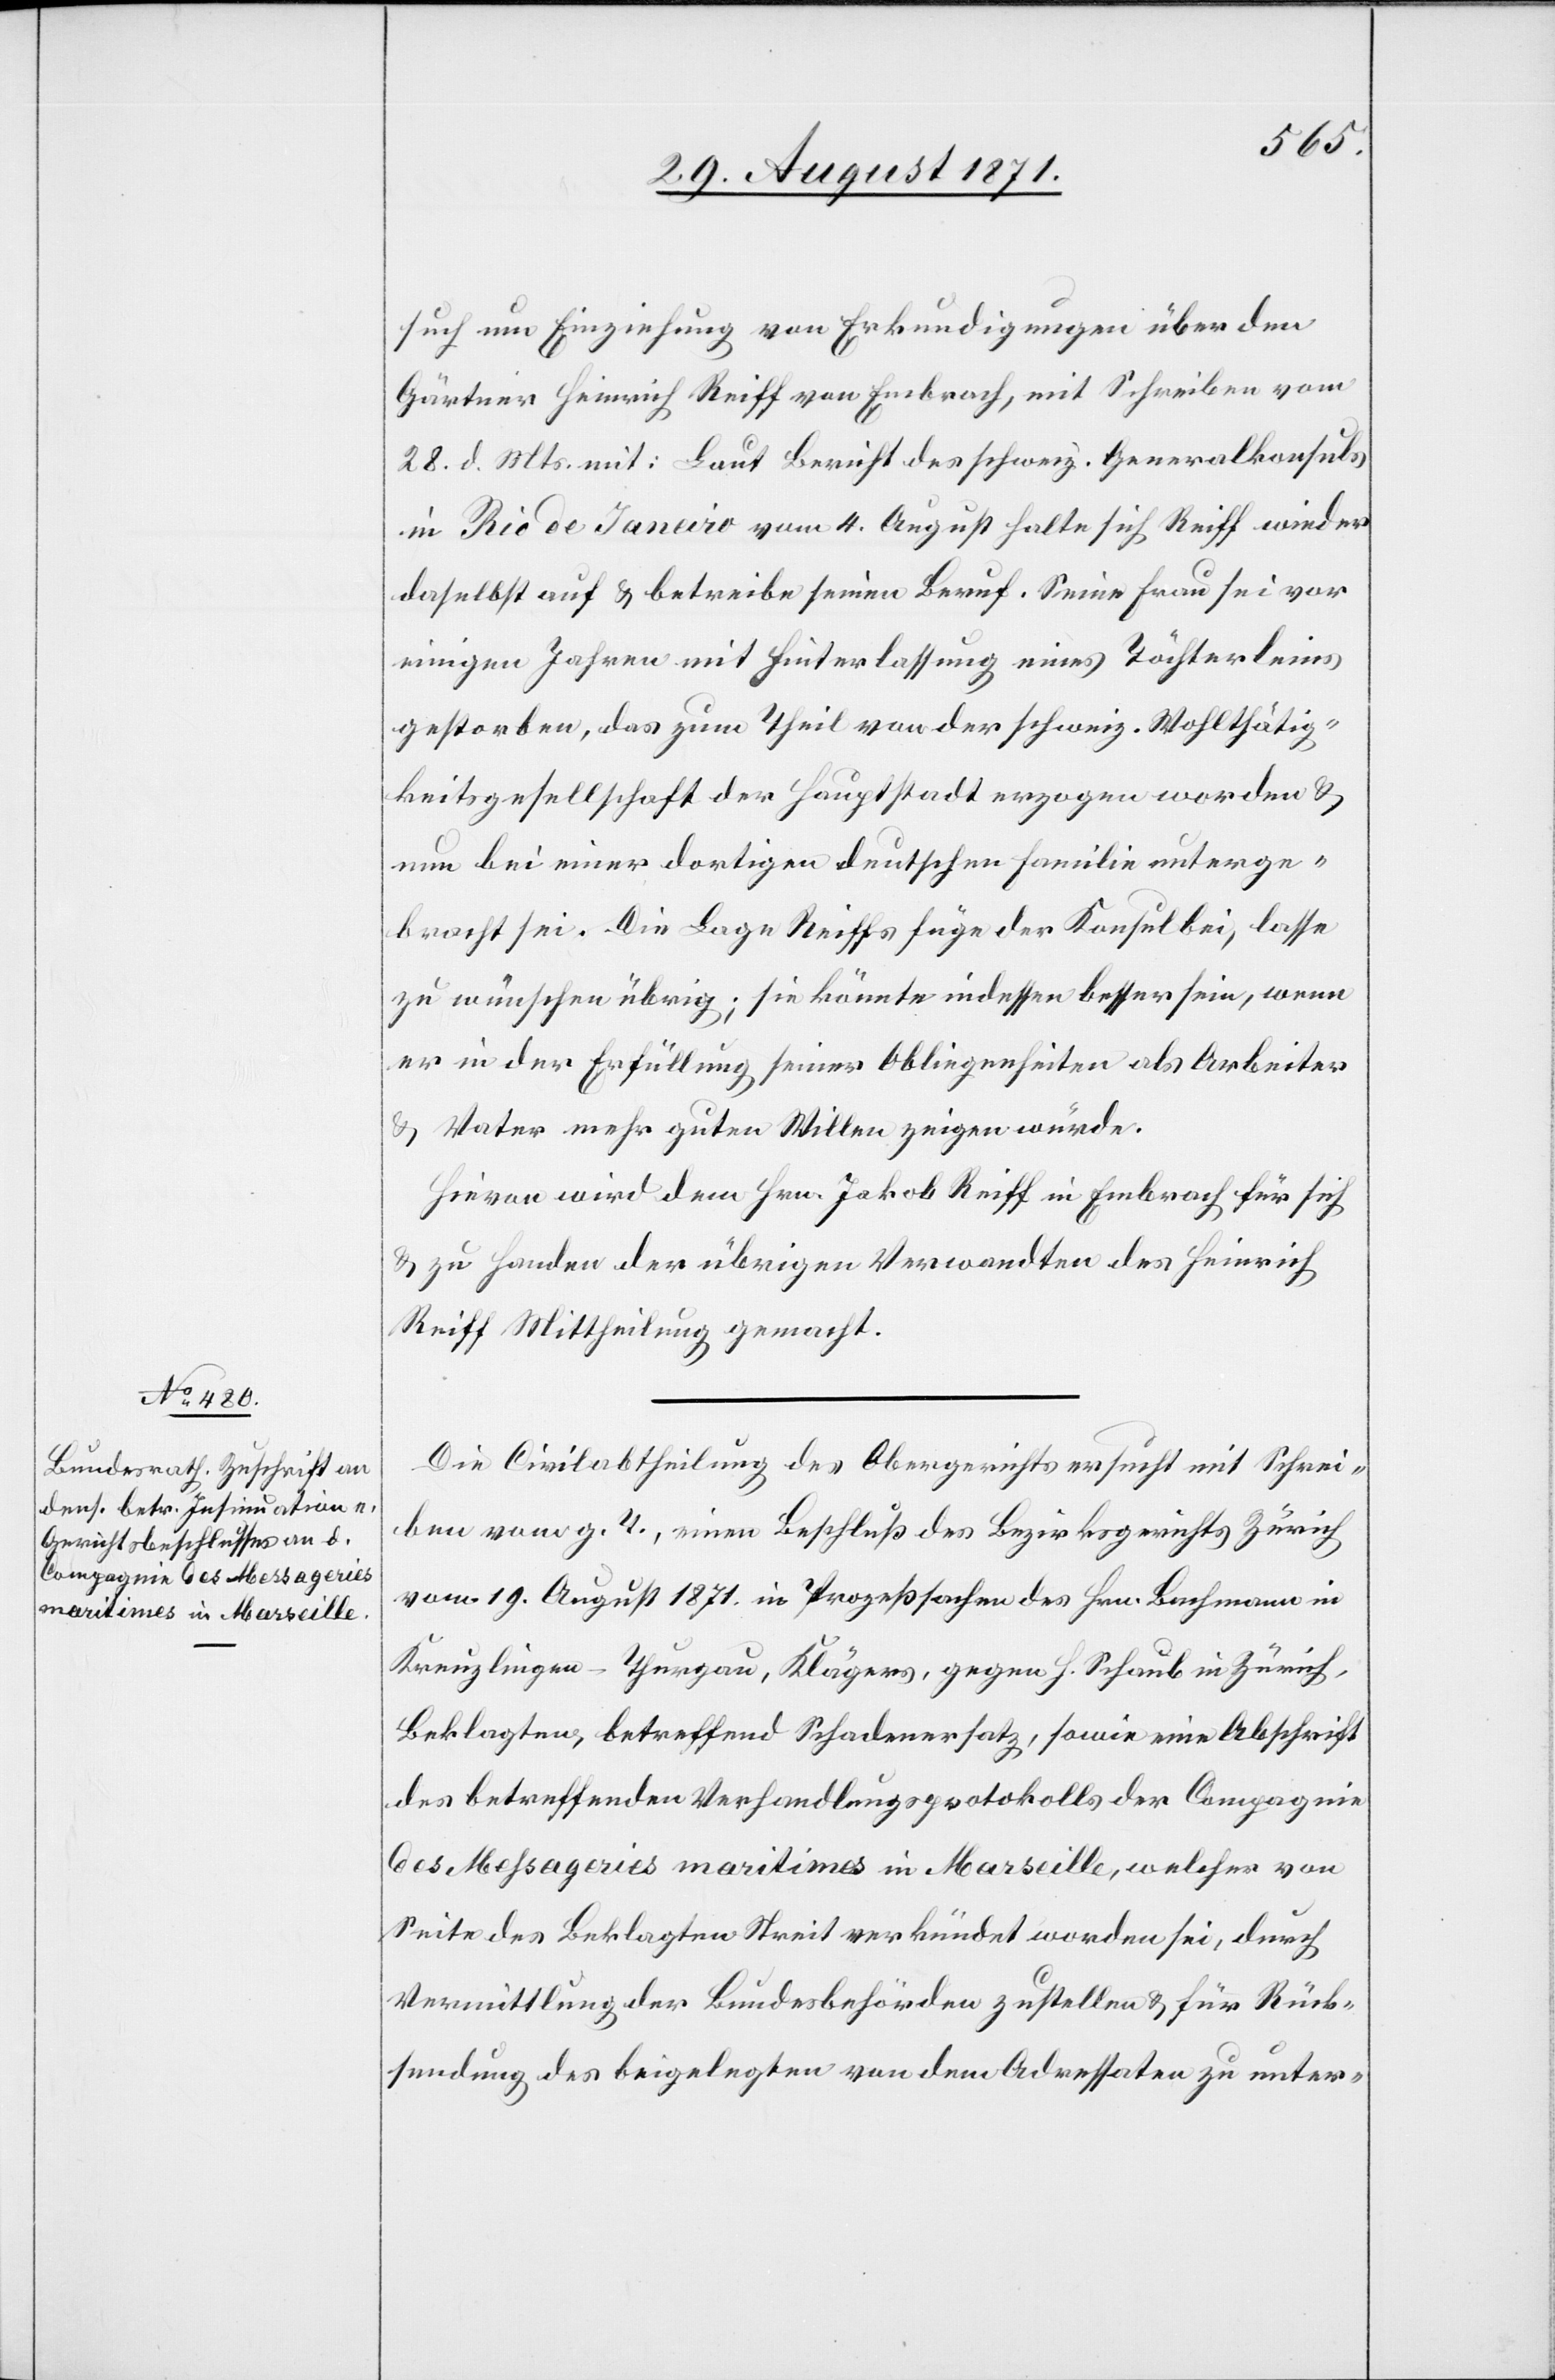
31. August 1871.]
such um Einziehung von Erkundigungen über den
Gärtner Heinrich Reiff von Embrach, mit Schreiben vom
28. d. Mts. mit: Laut Bericht des schweiz. Generalkonsuls
in Rio de Janeiro vom 4. August halte sich Reiff wieder
daselbst auf & betreibe seinen Beruf. Seine Frau sei vor
einigen Jahren mit Hinterlassung eines Töchterleins
gestorben, das zum Theil von der schweiz. Wohltätig¬
keitsgesellschaft der Hauptstadt erzogen worden &
nun bei einer dortigen deutschen Familie unterge¬
bracht sei. Die Lage Reiffs füge der Konsul bei, lasse
zu wünschen übrig; sie könnte indessen besser sein, wenn
er in der Erfüllung seiner Obliegenheiten als Arbeiter
& Vater mehr guten Willen zeigen würde.
Hirvon wird dem Hrn. Jakob Reiff in Embrach für sich
& zu Handen der übrigen Verwandten des Heinrich
Reiff Mittheilung gemacht.
Die Civilabtheilung des Obergerichts ersucht mit Schrei¬
ben vom g. T., einen Beschluß des Bezirksgerichts Zürich
vom 19. August 1871 in Prozeßsachen des Hrn. Buchmann in
Kreuzlingen-Thurgau, Kläger, gegen H. Schaub in Zürich,
Beklagter, betreffend Schadenersatz, sowie eine Abschrift
des betreffenden Verhandlungsprotokolls der Compagnie
des Messageries maritimes in Marseille, welcher von
Seite des Beklagten Streit verkündet worden sei, durch
Vermittlung der Bundesbehörden zustellen & für Rück¬
sendung des beigelegten von dem Adressaten zu unter-